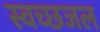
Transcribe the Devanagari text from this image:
स्वच्छजल